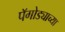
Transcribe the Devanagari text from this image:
पॅगोड्याच्या